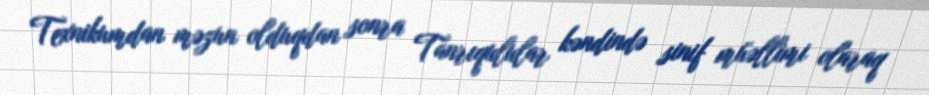
Texnikumdan məzun olduqdan sonra Tanrıqulular kəndində sinif müəllimi olaraq